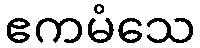
ဧကမံသေ